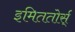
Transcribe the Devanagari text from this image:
इमिततोर्स्